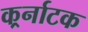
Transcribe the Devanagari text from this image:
कर्र्नाटक